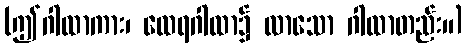
(ဤဂါထာကား၊ ထေရဂါထာ၌ လာသော ဂါထာတည်း။)